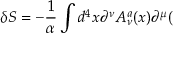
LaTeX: \delta S = - \frac 1 \alpha \int d ^ { 4 } x \partial ^ { \nu } A _ { \nu } ^ { a } ( x ) \partial ^ { \mu } (